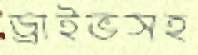
ড্রাইভসহ